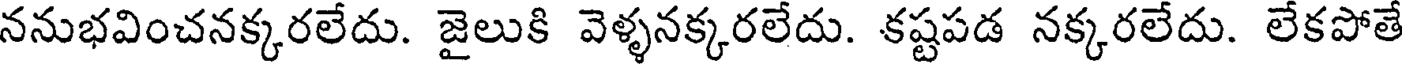
ననుభవించనక్కరలేదు. జైలుకి వెళ్ళనక్కరలేదు. కష్టపడ నక్కరలేదు. లేకపోతే